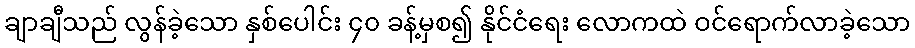
ချာချီသည် လွန်ခဲ့သော နှစ်ပေါင်း ၄၀ ခန့်မှစ၍ နိုင်ငံရေး လောကထဲ ဝင်ရောက်လာခဲ့သော